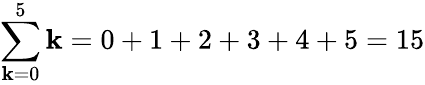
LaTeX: \sum_{\mathbf{k}=0}^{5}\mathbf{k}=0+1+2+3+4+5=15